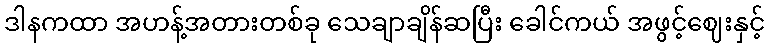
ဒါနကထာ အဟန့်အတားတစ်ခု သေချာချိန်ဆပြီး ခေါင်ကယ် အဖွင့်ဈေးနှင့်